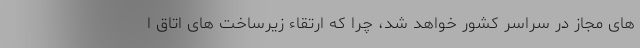
های مجاز در سراسر کشور خواهد شد، چرا که ارتقاء زیرساخت های اتاق ا